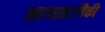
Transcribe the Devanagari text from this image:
सागरतटांपैकी